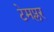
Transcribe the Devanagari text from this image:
टेमप्लर